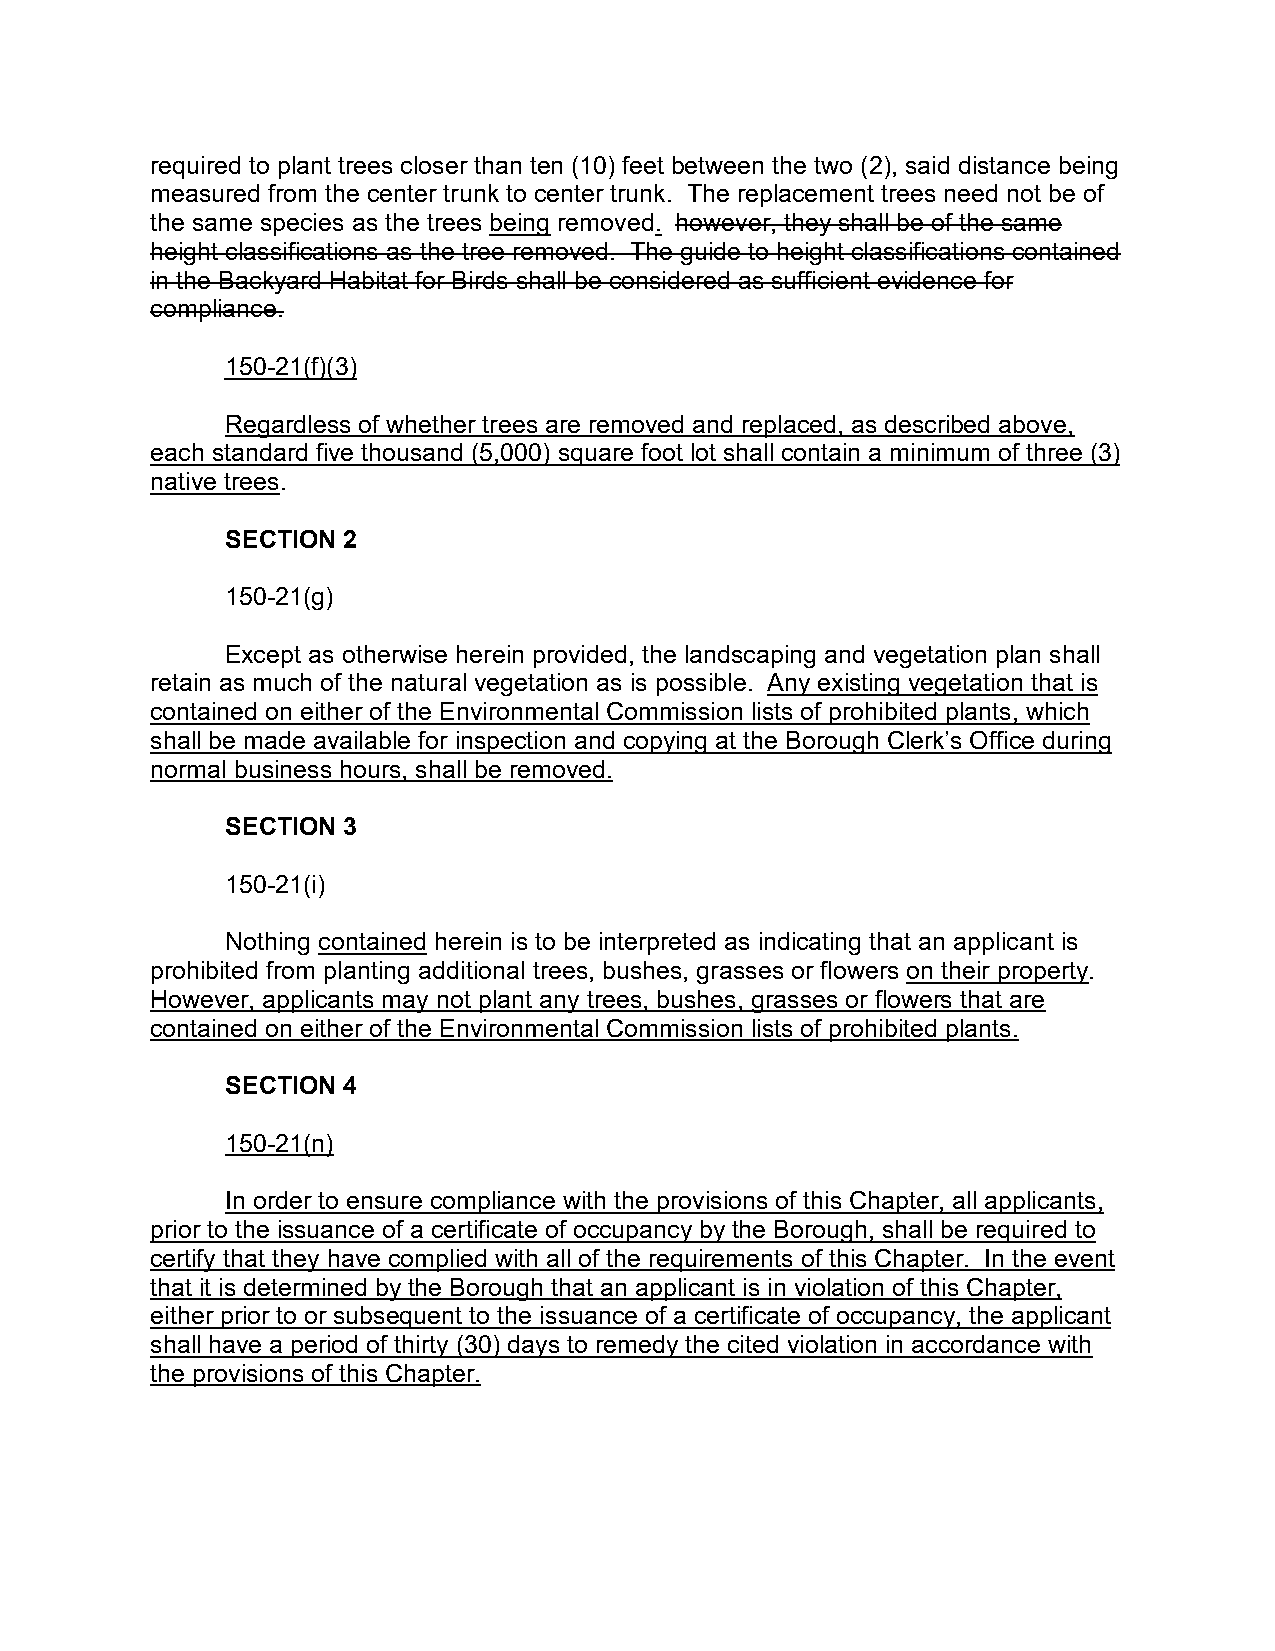
required to plant trees closer than ten (10) feet between the two (2), said distance being
 measured from the center trunk to center trunk. The replacement trees need not be of
 the same species as the trees being removed. however, they shall be of the same
 height classifications as the tree removed. The guide to height classifications contained
 in the Backyard Habitat for Birds shall be considered as sufficient evidence for
 compliance.
 150-21(f)(3)
 Regardless of whether trees are removed and replaced, as described above,
 each standard five thousand (5,000) square foot lot shall contain a minimum of three (3)
 native trees.
 SECTION 2
 150-21(g)
 Except as otherwise herein provided, the landscaping and vegetation plan shall
 retain as much of the natural vegetation as is possible. Any existing vegetation that is
 contained on either of the Environmental Commission lists of prohibited plants, which
 shall be made available for inspection and copying at the Borough Clerk’s Office during
 normal business hours, shall be removed.
 SECTION 3
 150-21(i)
 Nothing contained herein is to be interpreted as indicating that an applicant is
 prohibited from planting additional trees, bushes, grasses or flowers on their property.
 However, applicants may not plant any trees, bushes, grasses or flowers that are
 contained on either of the Environmental Commission lists of prohibited plants.
 SECTION 4
 150-21(n)
 In order to ensure compliance with the provisions of this Chapter, all applicants,
 prior to the issuance of a certificate of occupancy by the Borough, shall be required to
 certify that they have complied with all of the requirements of this Chapter. In the event
 that it is determined by the Borough that an applicant is in violation of this Chapter,
 either prior to or subsequent to the issuance of a certificate of occupancy, the applicant
 shall have a period of thirty (30) days to remedy the cited violation in accordance with
 the provisions of this Chapter.